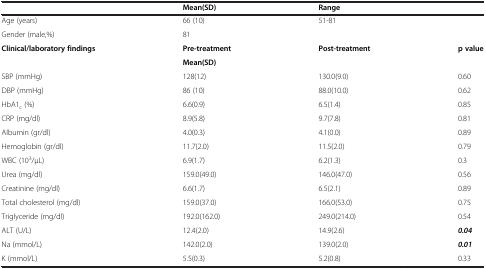
|  | Mean(SD) | Range |  |
 | --- | --- | --- | --- |
 | Age (years) | 66 (10) | 51-81 |  |
 | Gender (male,%) | 81 |  |  |
 | <ROWSPAN=2> Clinical/laboratory findings | Pre-treatment | Post-treatment | <ROWSPAN=2> p value |
 | <COLSPAN=2> Mean(SD) |
 | SBP (mmHg) | 128(12) | 130.0(9.0) | 0.60 |
 | DBP (mmHg) | 86 (10) | 88.0(10.0) | 0.62 |
 | HbA1c (%) | 6.6(0.9) | 6.5(1.4) | 0.85 |
 | CRP (mg/dl) | 8.9(5.8) | 9.7(7.8) | 0.81 |
 | Albumin (gr/dl) | 4.0(0.3) | 4.1(0.0) | 0.89 |
 | Hemoglobin (gr/dl) | 11.7(2.0) | 11.5(2.0) | 0.79 |
 | WBC (103/μL) | 6.9(1.7) | 6.2(1.3) | 0.3 |
 | Urea (mg/dl) | 159.0(49.0) | 146.0(47.0) | 0.56 |
 | Creatinine (mg/dl) | 6.6(1.7) | 6.5(2.1) | 0.89 |
 | Total cholesterol (mg/dl) | 159.0(37.0) | 166.0(53.0) | 0.75 |
 | Triglyceride (mg/dl) | 192.0(162.0) | 249.0(214.0) | 0.54 |
 | ALT (U/L) | 12.4(2.0) | 14.9(2.6) | 0.04 |
 | Na (mmol/L) | 142.0(2.0) | 139.0(2.0) | 0.01 |
 | K (mmol/L) | 5.5(0.3) | 5.2(0.8) | 0.33 |